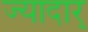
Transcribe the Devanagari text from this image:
ज्यादार्